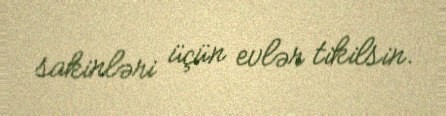
sakinləri üçün evlər tikilsin.